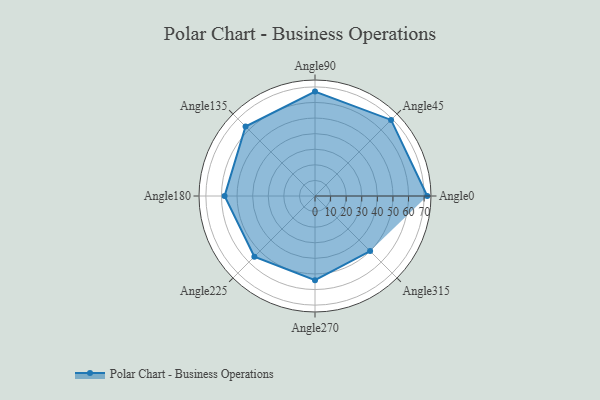
{"axis": {"x": "Angle", "y": "Radius"}, "legend": [""], "data": [{"x": "Angle0", "y": 72.0, "type": ""}, {"x": "Angle45", "y": 69.0, "type": ""}, {"x": "Angle90", "y": 67.0, "type": ""}, {"x": "Angle135", "y": 63.0, "type": ""}, {"x": "Angle180", "y": 58.0, "type": ""}, {"x": "Angle225", "y": 55.0, "type": ""}, {"x": "Angle270", "y": 54.0, "type": ""}, {"x": "Angle315", "y": 50, "type": ""}]}